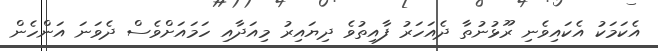
އެކަމަކު އެކައިވެނި ރޫޅުނުތާ ދެއަހަރު ފާއިތުވެ ދިޔައިރު މިއަދާއި ހަމައަށްވެސް ދެވަނަ އަންހެން